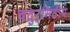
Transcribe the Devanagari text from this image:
चतुर्मितीय